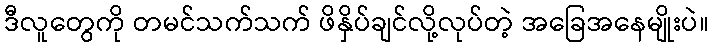
ဒီလူတွေကို တမင်သက်သက် ဖိနှိပ်ချင်လို့လုပ်တဲ့ အခြေအနေမျိုးပဲ။